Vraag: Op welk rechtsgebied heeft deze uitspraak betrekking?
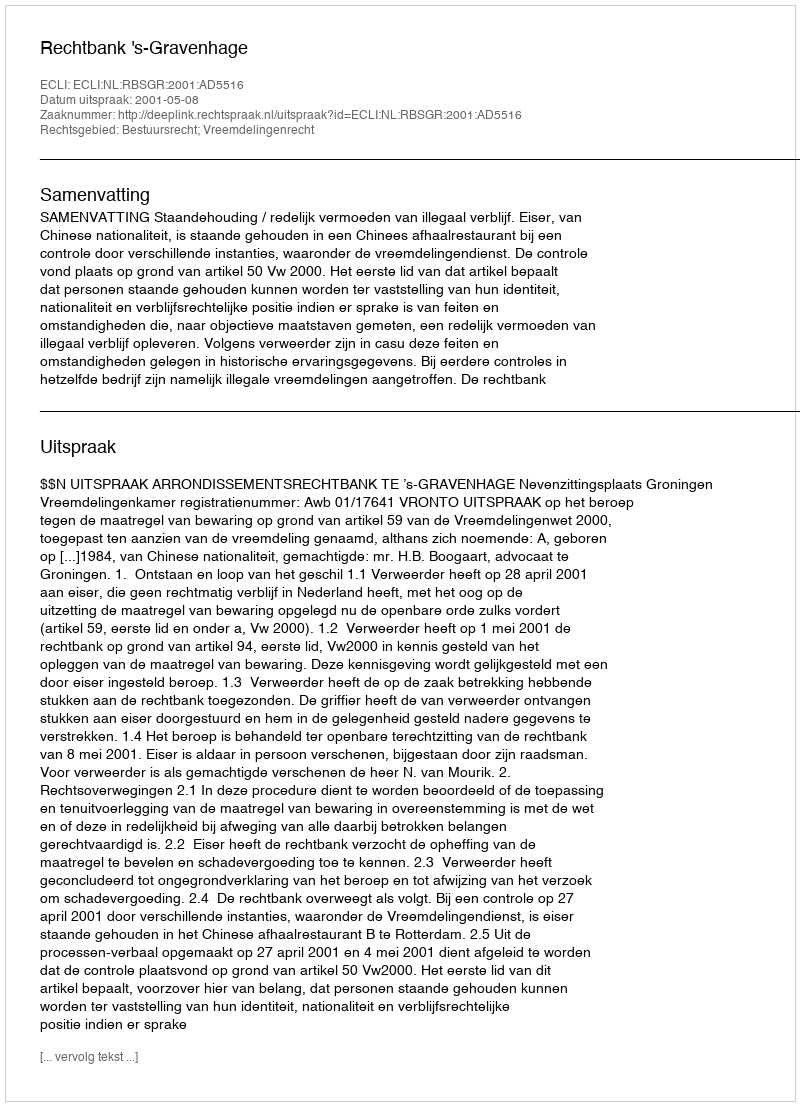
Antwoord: Bestuursrecht; Vreemdelingenrecht